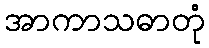
အာကာသဓာတုံ